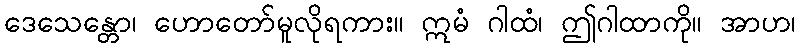
ဒေသေန္တော၊ ဟောတော်မူလိုရကား။ ဣမံ ဂါထံ၊ ဤဂါထာကို။ အာဟ၊